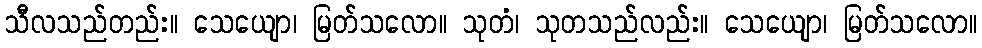
သီလသည်တည်း။ သေယျော၊ မြတ်သလော။ သုတံ၊ သုတသည်လည်း။ သေယျော၊ မြတ်သလော။